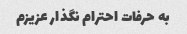
به حرفات احترام نگذار عزیزم